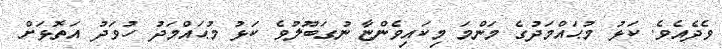
ވެދެއެވެ. ކަޅު މުޙައްމަދުގެ މަންމަ މިކައިވެންޏާ ނުގަބޫލުވެ ކަޅު މުޙައްމަދު ހުވަދު އަތޮޅަށް